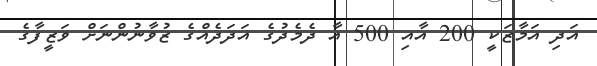
އަދި އަމާޒަކީ 200 އާއި 500 އާ ދެމެދުގެ އަދަދެއްގެ ޒުވާނުންނަށް ވަޒީފާގެ